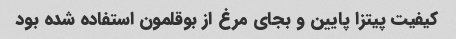
کیفیت پیتزا پایین و بجای مرغ از بوقلمون استفاده شده بود